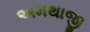
અમથાજી